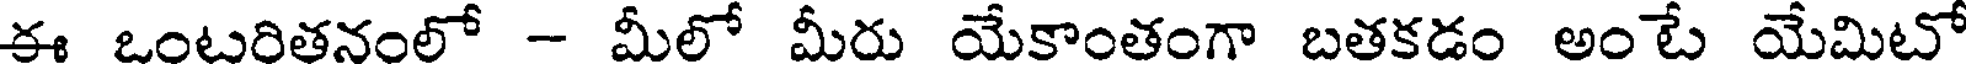
ఈ ఒంటరితనంలో - మీలో మీరు యేకాంతంగా బతకడం అంటే యేమిటో